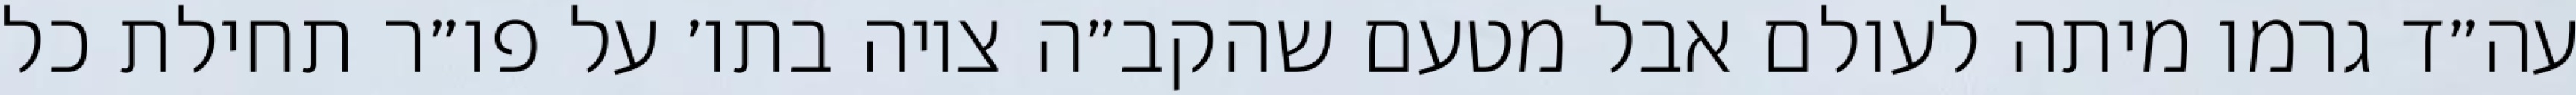
עה״ד גרמו מיתה לעולם אבל מטעם שהקב״ה ציוה בתו׳ על פו״ר תחילת כל